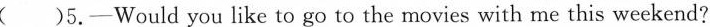
( )5.—Would you like to go to the movies with me this weekend?